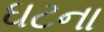
ઘટના